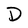
Character: D